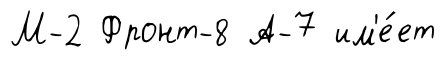
М-2 Фронт-8 А-7 им'е́ет